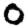
Digit: 0